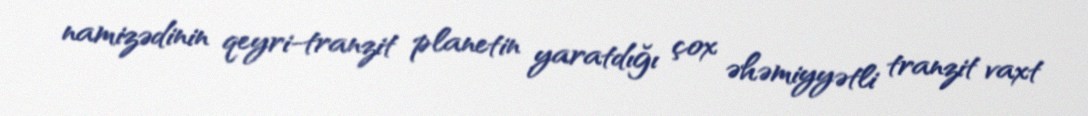
namizədinin qeyri-tranzit planetin yaratdığı çox əhəmiyyətli tranzit vaxt